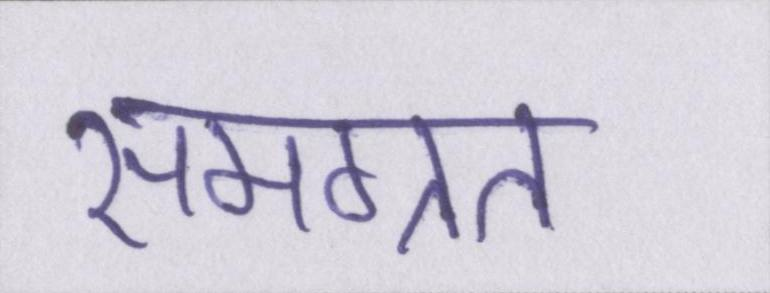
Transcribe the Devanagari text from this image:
समग्रत